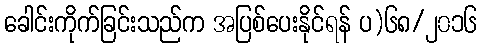
ခေါင်းကိုက်ခြင်းသည်က အပြစ်ပေးနိုင်ရန် ပ)၆၈/၂၀၁၆